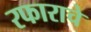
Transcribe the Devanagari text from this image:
रफाराचे